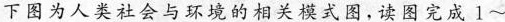
下图为人类社会与环境的相关模式图，读图完成1~